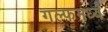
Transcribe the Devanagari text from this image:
गल्फमध्ये